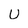
Character: u